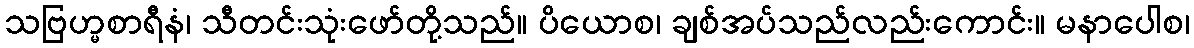
သဗြဟ္မစာရီနံ၊ သီတင်းသုံးဖော်တို့သည်။ ပိယောစ၊ ချစ်အပ်သည်လည်းကောင်း။ မနာပေါစ၊